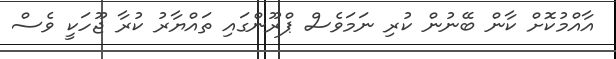
އާއްމުކޮށް ކާން ބޭނުން ކުރި ނަމަވެސް ޕްރޫންގައި ތައްޔާރު ކުރާ ޖޫހަކީ ވެސް